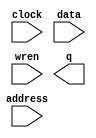
// megafunction wizard: %RAM: 1-PORT%VBB%
// GENERATION: STANDARD
// VERSION: WM1.0
// MODULE: altsyncram 

// ============================================================
// Megafunction Name(s):
// 			altsyncram
//
// Simulation Library Files(s):
// 			altera_mf
// ============================================================
// ************************************************************
// THIS IS A WIZARD-GENERATED FILE. DO NOT EDIT THIS FILE!
//
// 12.1 Build 177 11/07/2012 SJ Full Version
// ************************************************************

//Copyright (C) 1991-2012 Altera Corporation
//Your use of Altera Corporation's design tools, logic functions 
//and other software and tools, and its AMPP partner logic 
//functions, and any output files from any of the foregoing 
//(including device programming or simulation files), and any 
//associated documentation or information are expressly subject 
//to the terms and conditions of the Altera Program License 
//Subscription Agreement, Altera MegaCore Function License 
//Agreement, or other applicable license agreement, including, 
//without limitation, that your use is for the sole purpose of 
//programming logic devices manufactured by Altera and sold by 
//Altera or its authorized distributors.  Please refer to the 
//applicable agreement for further details.

module MAIN_RAM (
	address,
	clock,
	data,
	wren,
	q);

	input	[12:0]  address;
	input	  clock;
	input	[7:0]  data;
	input	  wren;
	output	[7:0]  q;
`ifndef ALTERA_RESERVED_QIS
// synopsys translate_off
`endif
	tri1	  clock;
`ifndef ALTERA_RESERVED_QIS
// synopsys translate_on
`endif

endmodule

// ============================================================
// CNX file retrieval info
// ============================================================
// Retrieval info: PRIVATE: ADDRESSSTALL_A NUMERIC "0"
// Retrieval info: PRIVATE: AclrAddr NUMERIC "0"
// Retrieval info: PRIVATE: AclrByte NUMERIC "0"
// Retrieval info: PRIVATE: AclrData NUMERIC "0"
// Retrieval info: PRIVATE: AclrOutput NUMERIC "0"
// Retrieval info: PRIVATE: BYTE_ENABLE NUMERIC "0"
// Retrieval info: PRIVATE: BYTE_SIZE NUMERIC "8"
// Retrieval info: PRIVATE: BlankMemory NUMERIC "1"
// Retrieval info: PRIVATE: CLOCK_ENABLE_INPUT_A NUMERIC "0"
// Retrieval info: PRIVATE: CLOCK_ENABLE_OUTPUT_A NUMERIC "0"
// Retrieval info: PRIVATE: Clken NUMERIC "0"
// Retrieval info: PRIVATE: DataBusSeparated NUMERIC "1"
// Retrieval info: PRIVATE: IMPLEMENT_IN_LES NUMERIC "0"
// Retrieval info: PRIVATE: INIT_FILE_LAYOUT STRING "PORT_A"
// Retrieval info: PRIVATE: INIT_TO_SIM_X NUMERIC "0"
// Retrieval info: PRIVATE: INTENDED_DEVICE_FAMILY STRING "Cyclone IV E"
// Retrieval info: PRIVATE: JTAG_ENABLED NUMERIC "0"
// Retrieval info: PRIVATE: JTAG_ID STRING "NONE"
// Retrieval info: PRIVATE: MAXIMUM_DEPTH NUMERIC "0"
// Retrieval info: PRIVATE: MIFfilename STRING ""
// Retrieval info: PRIVATE: NUMWORDS_A NUMERIC "8192"
// Retrieval info: PRIVATE: RAM_BLOCK_TYPE NUMERIC "2"
// Retrieval info: PRIVATE: READ_DURING_WRITE_MODE_PORT_A NUMERIC "2"
// Retrieval info: PRIVATE: RegAddr NUMERIC "1"
// Retrieval info: PRIVATE: RegData NUMERIC "1"
// Retrieval info: PRIVATE: RegOutput NUMERIC "1"
// Retrieval info: PRIVATE: SYNTH_WRAPPER_GEN_POSTFIX STRING "1"
// Retrieval info: PRIVATE: SingleClock NUMERIC "1"
// Retrieval info: PRIVATE: UseDQRAM NUMERIC "1"
// Retrieval info: PRIVATE: WRCONTROL_ACLR_A NUMERIC "0"
// Retrieval info: PRIVATE: WidthAddr NUMERIC "13"
// Retrieval info: PRIVATE: WidthData NUMERIC "8"
// Retrieval info: PRIVATE: rden NUMERIC "0"
// Retrieval info: LIBRARY: altera_mf altera_mf.altera_mf_components.all
// Retrieval info: CONSTANT: CLOCK_ENABLE_INPUT_A STRING "BYPASS"
// Retrieval info: CONSTANT: CLOCK_ENABLE_OUTPUT_A STRING "BYPASS"
// Retrieval info: CONSTANT: INTENDED_DEVICE_FAMILY STRING "Cyclone IV E"
// Retrieval info: CONSTANT: LPM_HINT STRING "ENABLE_RUNTIME_MOD=NO"
// Retrieval info: CONSTANT: LPM_TYPE STRING "altsyncram"
// Retrieval info: CONSTANT: NUMWORDS_A NUMERIC "8192"
// Retrieval info: CONSTANT: OPERATION_MODE STRING "SINGLE_PORT"
// Retrieval info: CONSTANT: OUTDATA_ACLR_A STRING "NONE"
// Retrieval info: CONSTANT: OUTDATA_REG_A STRING "CLOCK0"
// Retrieval info: CONSTANT: POWER_UP_UNINITIALIZED STRING "FALSE"
// Retrieval info: CONSTANT: RAM_BLOCK_TYPE STRING "M9K"
// Retrieval info: CONSTANT: READ_DURING_WRITE_MODE_PORT_A STRING "DONT_CARE"
// Retrieval info: CONSTANT: WIDTHAD_A NUMERIC "13"
// Retrieval info: CONSTANT: WIDTH_A NUMERIC "8"
// Retrieval info: CONSTANT: WIDTH_BYTEENA_A NUMERIC "1"
// Retrieval info: USED_PORT: address 0 0 13 0 INPUT NODEFVAL "address[12..0]"
// Retrieval info: USED_PORT: clock 0 0 0 0 INPUT VCC "clock"
// Retrieval info: USED_PORT: data 0 0 8 0 INPUT NODEFVAL "data[7..0]"
// Retrieval info: USED_PORT: q 0 0 8 0 OUTPUT NODEFVAL "q[7..0]"
// Retrieval info: USED_PORT: wren 0 0 0 0 INPUT NODEFVAL "wren"
// Retrieval info: CONNECT: @address_a 0 0 13 0 address 0 0 13 0
// Retrieval info: CONNECT: @clock0 0 0 0 0 clock 0 0 0 0
// Retrieval info: CONNECT: @data_a 0 0 8 0 data 0 0 8 0
// Retrieval info: CONNECT: @wren_a 0 0 0 0 wren 0 0 0 0
// Retrieval info: CONNECT: q 0 0 8 0 @q_a 0 0 8 0
// Retrieval info: GEN_FILE: TYPE_NORMAL MAIN_RAM.v TRUE
// Retrieval info: GEN_FILE: TYPE_NORMAL MAIN_RAM.inc FALSE
// Retrieval info: GEN_FILE: TYPE_NORMAL MAIN_RAM.cmp FALSE
// Retrieval info: GEN_FILE: TYPE_NORMAL MAIN_RAM.bsf FALSE
// Retrieval info: GEN_FILE: TYPE_NORMAL MAIN_RAM_inst.v FALSE
// Retrieval info: GEN_FILE: TYPE_NORMAL MAIN_RAM_bb.v TRUE
// Retrieval info: GEN_FILE: TYPE_NORMAL MAIN_RAM_syn.v TRUE
// Retrieval info: LIB_FILE: altera_mf